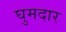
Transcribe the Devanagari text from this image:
घुमदार